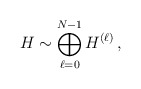
\begin{align*}H \sim \bigoplus_{\ell=0}^{N-1} H^{(\ell)} \,,\end{align*}